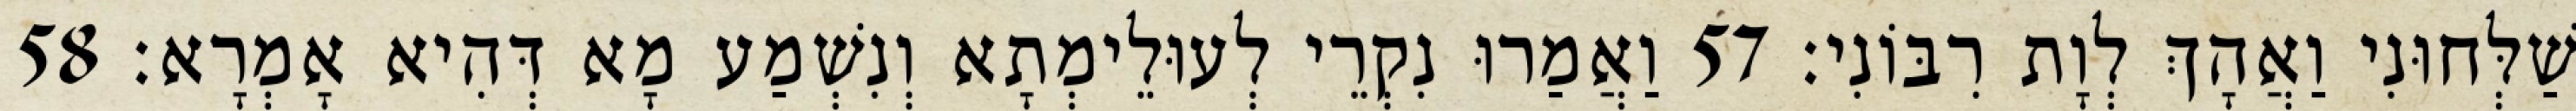
שַׁלְּחוּנִי וַאֲהָךְ לְוָת רִבּוֹנִי׃ 57 וַאֲמַרוּ נִקְרֵי לְעוּלֵימְתָא וְנִשְׁמַע מָא דְּהִיא אָמְרָא׃ 58